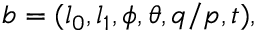
b = ( l _ { 0 } , l _ { 1 } , \phi , \theta , q / p , t ) ,